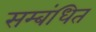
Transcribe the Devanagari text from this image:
सम्‍बंधित